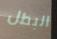
البطل